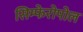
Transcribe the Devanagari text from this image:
सिम्फेरोपोल